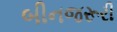
બીનજરૂરી